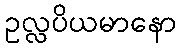
ဥလ္လပိယမာနော